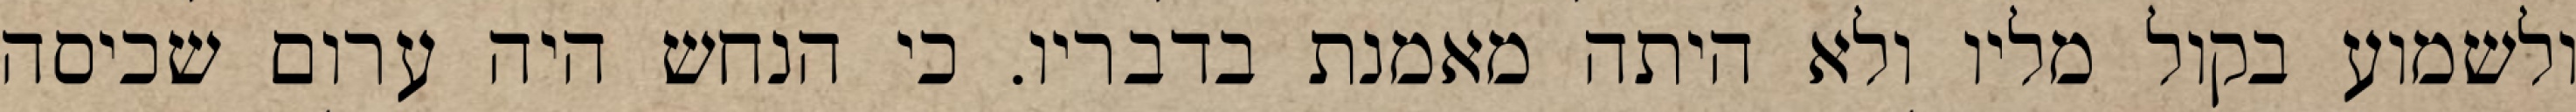
ולשמוע בקול מליו ולא היתה מאמנת בדבריו. כי הנחש היה ערום שכיסה